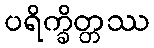
ပရိက္ခိတ္တဿ